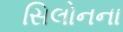
સિલોનના